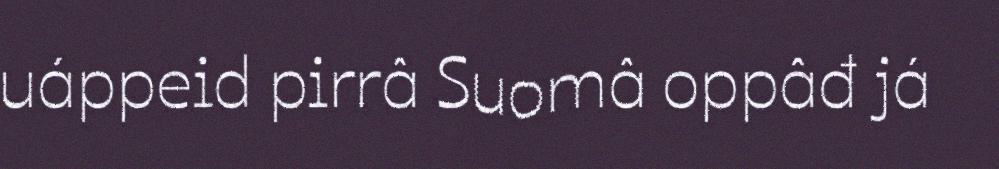
uáppeid pirrâ Suomâ oppâđ já